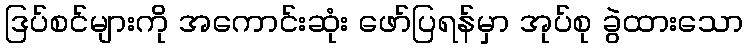
ဒြပ်စင်များကို အကောင်းဆုံး ဖော်ပြရန်မှာ အုပ်စု ခွဲထားသော